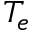
T _ { e }